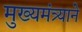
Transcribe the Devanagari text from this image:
मुख्यमंत्र्याने